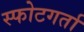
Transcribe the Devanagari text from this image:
स्फोटगर्ता